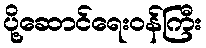
ပို့ဆောင်ရေးဝန်ကြီး